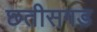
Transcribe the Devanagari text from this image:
छतीसगड